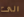
الى